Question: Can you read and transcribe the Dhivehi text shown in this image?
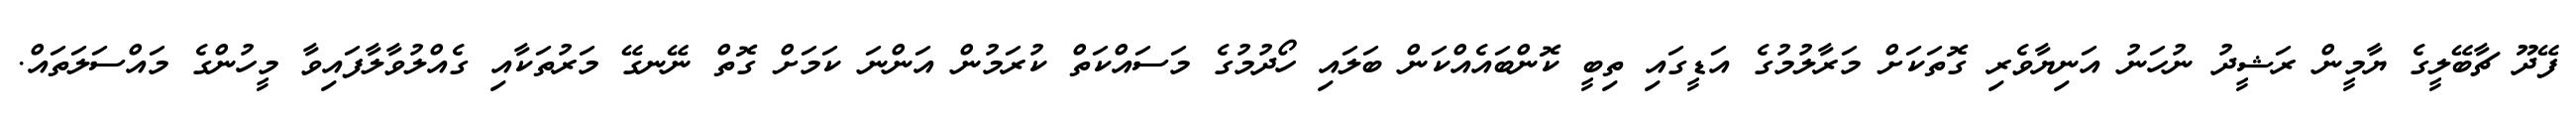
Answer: ފޭދޫ ޗާބޭލީގެ ޔާމީން ރަޝީދު ނުހަނު އަނިޔާވެރި ގޮތަކަށް މަރާލުމުގެ އަޑީގައި ތިބީ ކޮންބައެއްކަން ބަލައި ހޯދުމުގެ މަސައްކަތް ކުރަމުން އަންނަ ކަމަށް ގޮތް ނޭނގޭ މަރުތަކާއި ގެއްލުވާލާފައިވާ މީހުންގެ މައްސަލަތައް.